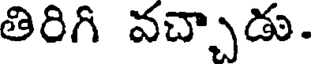
తిరిగి వచ్చాడు.